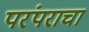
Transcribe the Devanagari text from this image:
परंपराचा